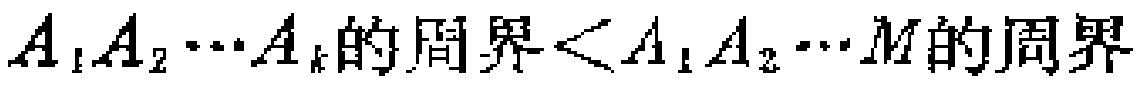
\(A_{1}A_{2}\cdots A_{k}的周界<A_{1}A_{2}\cdots M的周界\)